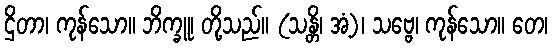
ဌိတာ၊ ကုန်သော။ ဘိက္ခူ၊ တို့သည်။ (သန္တိ၊ အံ့)၊ သဗ္ဗေ၊ ကုန်သော။ တေ၊